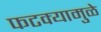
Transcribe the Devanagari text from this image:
फटक्यामुळे